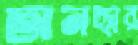
অনছার